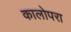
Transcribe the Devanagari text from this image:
कालोपरा